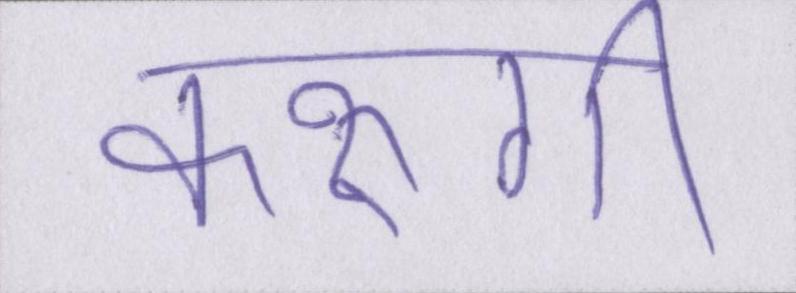
करूंगी